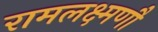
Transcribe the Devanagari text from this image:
रामलक्ष्मणौ